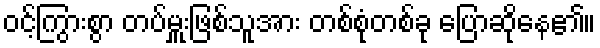
ဝင့်ကြွားစွာ တပ်မှူးဖြစ်သူအား တစ်စုံတစ်ခု ပြောဆိုနေ၏။